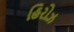
હિરોઝ